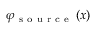
{ { \varphi } _ { \mathrm { ~ s ~ o ~ u ~ r ~ c ~ e ~ } } } \left( x \right)